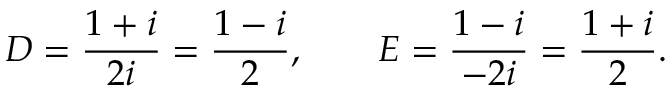
D = { \frac { 1 + i } { 2 i } } = { \frac { 1 - i } { 2 } } , \qquad E = { \frac { 1 - i } { - 2 i } } = { \frac { 1 + i } { 2 } } .